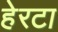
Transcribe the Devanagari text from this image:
हेरटा